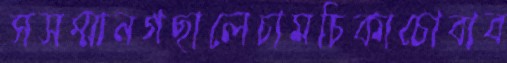
সসম্মানগছালেচামচিকাচোবাব